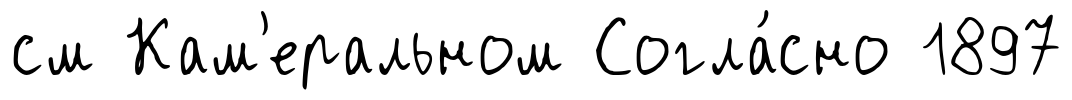
см Кам'еральном Согла́сно 1897